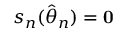
s _ { n } ( { \hat { \theta } } _ { n } ) = \mathbf { 0 }